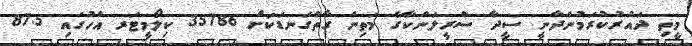
މީތި ދައުރުކުރަމުންދާނީ ސީދާ ސްރީލަންކާގެ މަތިން ގާތްގަނޑަކަށް 35786 ކިލޯމީޓަރ އުހުގައި 87.5